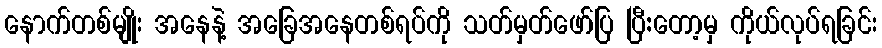
နောက်တစ်မျိုး အနေနဲ့ အခြေအနေတစ်ရပ်ကို သတ်မှတ်ဖော်ပြ ပြီ:တော့မှ ကိုယ်လုပ်ရခြင်း